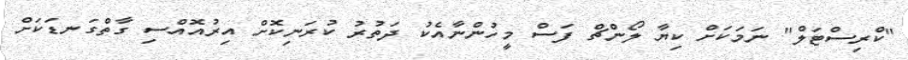
"ކްރިސްޓަލް" ނަމަކަށް ކިޔާ ލޯންޗް ފަސް މީހުންނާއެކު ދަތުރު ކުރަނިކޮށް އިރުއޮއްސި ގާތްގަނޑަކަށް